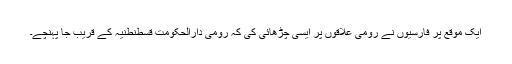
ایک موقع پر فارسیوں نے رومی علاقوں پر ایسی چڑھائی کی کہ رومی دارالحکومت قسطنطنیہ کے قریب جا پہنچے۔